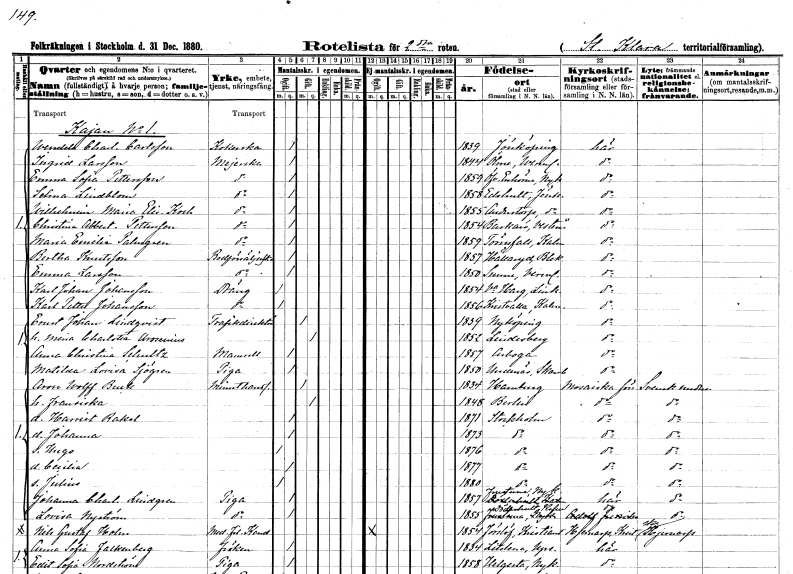
gt_parse: households: individuals: FN: Wendela Charlotta
EN: Carlsson
YRKE: Kokerska
KON: K
CIV: O
FODAR: 1839
FODFORS: Jönköping Jönköpings län
FN: Ingrid
EN: Larsson
YRKE: Mejerska
KON: K
CIV: O
FODAR: 1844
FODFORS: Ölme Värmlands län
FN: Emma Sofia
EN: Pettersson
YRKE: Mejerska
KON: K
CIV: O
FODAR: 1859
FODFORS: Överenhörna Stockholms län
FN: Selma
EN: Lindblom
YRKE: Mejerska
KON: K
CIV: O
FODAR: 1858
FODFORS: Edshult Jönköpings län
FN: Wilhelmina Maria Elisabeth
EN: Kock
YRKE: Mejerska
KON: K
CIV: O
FODAR: 1855
FODFORS: Anderstorp Jönköpings län
FN: Christina Albertina
EN: Pettersson
YRKE: Mejerska
KON: K
CIV: O
FODAR: 1854
FODFORS: Barkarö Västmanlands län
FN: Maria Emilia
EN: Palmgren
YRKE: Mejerska
KON: K
CIV: O
FODAR: 1859
FODFORS: Törnsfall Kalmar län
FN: Bertha
EN: Knutsson
YRKE: Bodförsäljerska
KON: K
CIV: O
FODAR: 1857
FODFORS: Hällaryd Blekinge län
FN: Emma
EN: Larsson
YRKE: Bodförsäljerska
KON: K
CIV: O
FODAR: 1850
FODFORS: Sunne Värmlands län
FN: Karl Johan
EN: Johansson
YRKE: Dräng
KON: M
CIV: O
FODAR: 1854
FODFORS: Västra Harg Östergötlands län
FN: Karl Petter
EN: Johansson
YRKE: Dräng
KON: M
CIV: O
FODAR: 1856
FODFORS: Kristvalla Kalmar län
FN: Ernst Johan
EN: Lindqvist
YRKE: Trafikdirektör
KON: M
CIV: G
FODAR: 1839
FODFORS: Nyköping Södermanlands län
FN: Maria Charlotta
EN: Arosenius
KON: K
CIV: G
FODAR: 1852
FODFORS: Lindesberg Örebro län
FN: Anna Christina
EN: Schultz
KON: K
CIV: O
FODAR: 1857
FODFORS: Arboga Västmanlands län
FN: Matilda Lovisa
EN: Sjögren
YRKE: Piga
KON: K
CIV: O
FODAR: 1850
FODFORS: Undenäs Skaraborgs län
FN: Aron Wolff
EN: Buch
YRKE: Minuthandlare
KON: M
CIV: G
FODAR: 1834
FN: Fransiska
KON: K
CIV: G
FODAR: 1848
FN: Harriet Rakel
KON: K
CIV: O
FODAR: 1871
FODFORS: Stockholm
FN: Johanna
KON: K
CIV: O
FODAR: 1873
FODFORS: Stockholm
FN: Hugo
KON: M
CIV: O
FODAR: 1876
FODFORS: Stockholm
FN: Cecilia
KON: K
CIV: O
FODAR: 1877
FODFORS: Stockholm
FN: Julius
KON: M
CIV: O
FODAR: 1880
FODFORS: Stockholm
FN: Johanna Charlotta
EN: Lindgren
YRKE: Piga
KON: K
CIV: O
FODAR: 1857
FODFORS: Frustuna Södermanlands län
FN: Lovisa
EN: Nyström
YRKE: Piga
KON: K
CIV: O
FODAR: 1855
FODFORS: Döderhult Kalmar län
FN: Nils Gustaf
EN: Holm
YRKE: Medicine fil. Kand.
KON: M
CIV: O
FODAR: 1854
FODFORS: Förslöv Kristianstads län